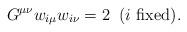
LaTeX: \begin{align*}G^{\mu \nu} w_{i \mu} w_{i \nu} = 2 \; \; (\hbox{$i$ fixed}).\end{align*}